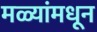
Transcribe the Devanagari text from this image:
मळ्यांमधून